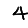
Digit: 4